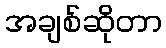
အချစ်ဆိုတာ